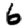
Digit: 6